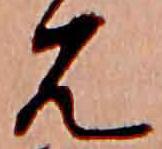
見